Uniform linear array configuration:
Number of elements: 16
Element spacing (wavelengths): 0.75
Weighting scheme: exponential
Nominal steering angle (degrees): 15
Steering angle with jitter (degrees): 16.765
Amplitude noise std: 0.05
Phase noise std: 0.05

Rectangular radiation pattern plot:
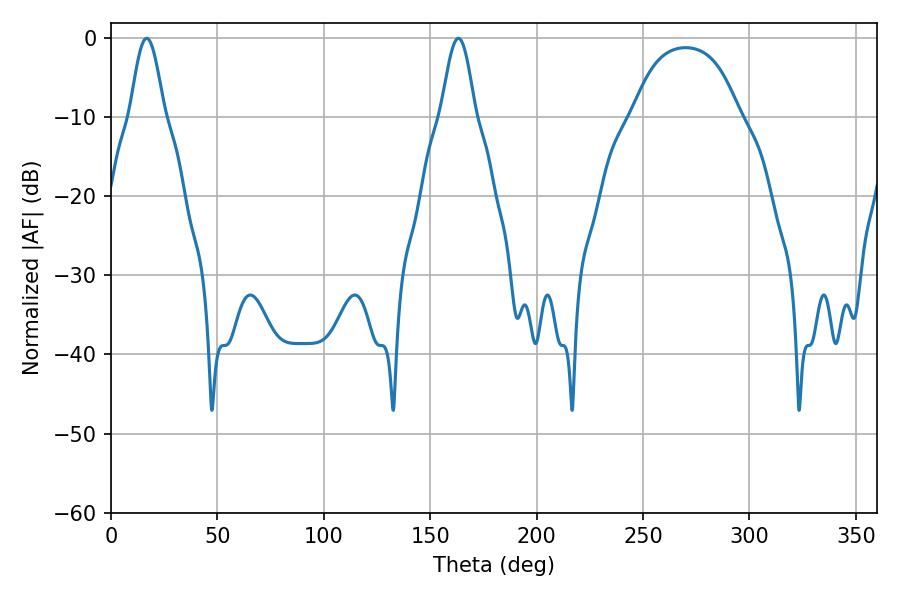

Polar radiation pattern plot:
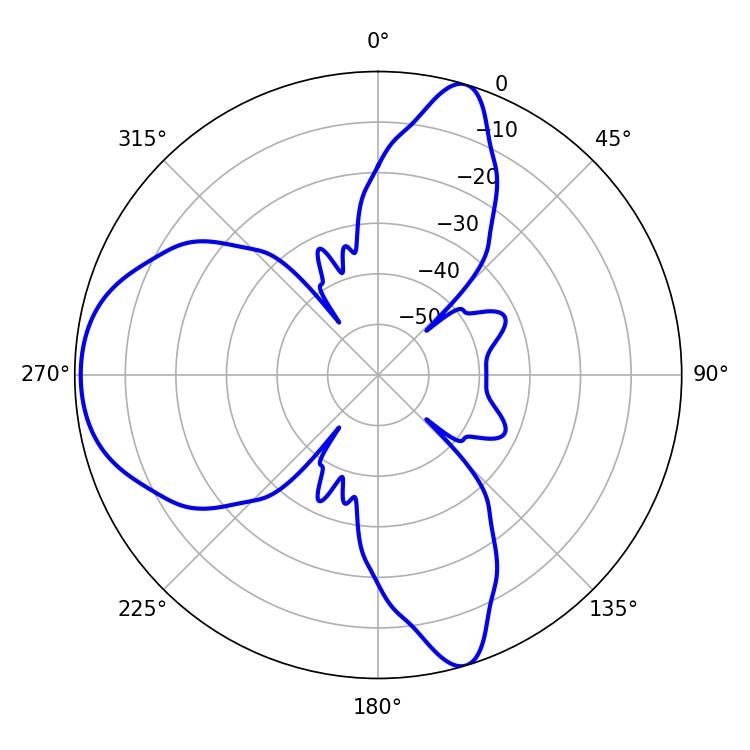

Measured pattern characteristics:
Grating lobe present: TRUE
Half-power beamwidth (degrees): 8.46
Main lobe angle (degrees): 16.74